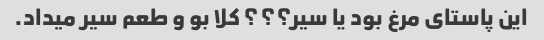
این پاستای مرغ بود یا سیر؟؟؟ کلا بو و طعم سیر میداد.